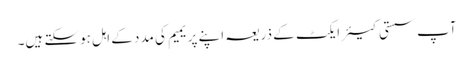
آپ سستی کیئر ایکٹ کے ذریعہ اپنے پریمیم کی مدد کے اہل ہوسکتے ہیں۔